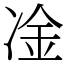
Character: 凎